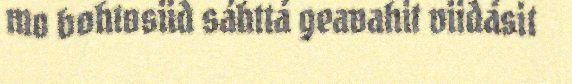
mo bohtosiid sáhttá geavahit viidásit